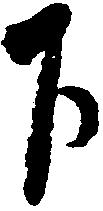
下